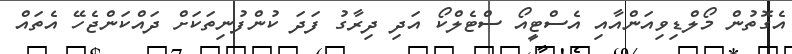
އެގޮތުން މޯލްޑިވިއަންއާއި އެސްޓީއޯ ސްޓެލްކޯ އަދި ދިރާގު ފަދަ ކުންފުނިތަކަށް ދައްކަންޖެހޭ އެތައް